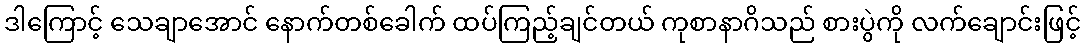
ဒါကြောင့် သေချာအောင် နောက်တစ်ခေါက် ထပ်ကြည့်ချင်တယ် ကုစာနာဂိသည် စားပွဲကို လက်ချောင်းဖြင့်